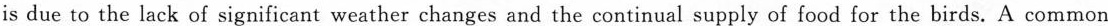
is due to the lack of significant weather changes and the continual supply of food for the birds. A common